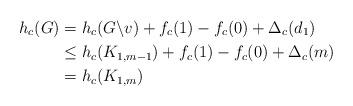
LaTeX: \begin{align*}h_c(G)&=h_c(G \backslash v)+ f_c(1)-f_c(0) + \Delta_c(d_1)\\&\le h_c(K_{1,m-1})+ f_c(1)-f_c(0) + \Delta_c(m)\\&=h_c(K_{1,m})\end{align*}